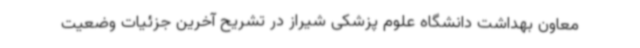
معاون بهداشت دانشگاه علوم پزشکی شیراز در تشریح آخرین جزئیات وضعیت